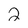
Character: 2